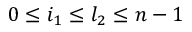
0 \leq i _ { 1 } \leq l _ { 2 } \leq n - 1